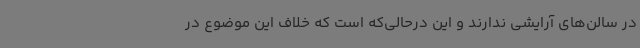
در سالن‌های آرایشی ندارند و این درحالی‌که است که خلاف این موضوع در